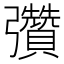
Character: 𢑊